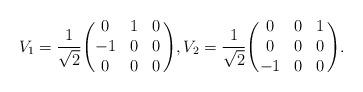
LaTeX: \begin{align*} V_1 = \frac{1}{\sqrt{2}} \Biggl( \begin{matrix} 0 & 1 & 0 \\ -1 & 0 & 0 \\ 0 & 0 & 0 \end{matrix} \, \Biggr) , V_2 = \frac{1}{\sqrt{2}}\Biggl( \begin{matrix} 0 & 0 & 1 \\ 0 & 0 & 0 \\ -1 & 0 & 0 \end{matrix} \, \Biggr) .\end{align*}